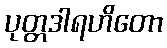
ပုတ္တဒါရဟိတော